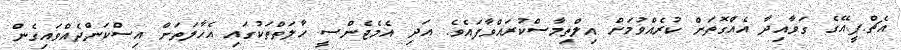
އެޗް.ޕީ.އޭގެ ގަވާއިދާ އެއްގޮތަށް ކުރެއްވުމަށް އިލްތިމާސްކުރައްވާފައެވެ. އަދި އެމެޖެންސީ ހާލަތްތަކުގައި އެހާލަތަށް އިސްކަންދެއްވައިގެން